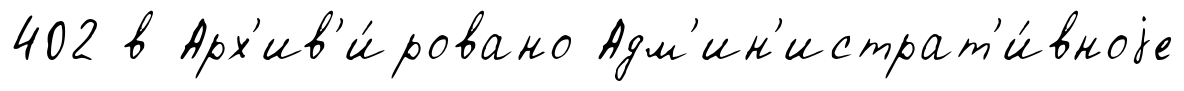
402 в Арх'ив'и́ровано Адм'ин'истрат'и́вноjе